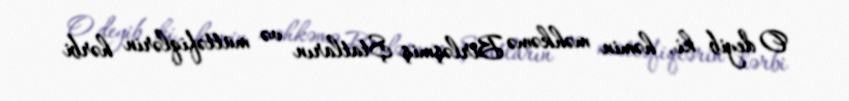
O deyib ki, həmin məhkəmə Birləşmiş Ştatların və müttəfiqlərin hərbi